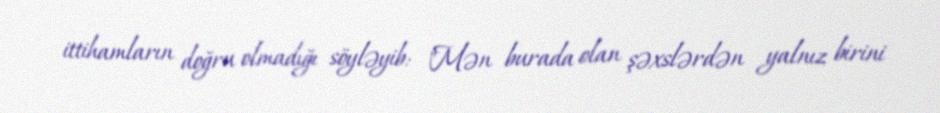
ittihamların doğru olmadığı söyləyib: "Mən burada olan şəxslərdən yalnız birini